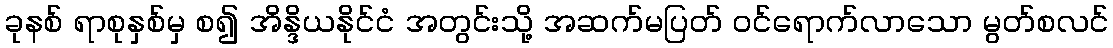
ခုနစ် ရာစုနှစ်မှ စ၍ အိန္ဒိယနိုင်ငံ အတွင်းသို့ အဆက်မပြတ် ဝင်ရောက်လာသော မွတ်စလင်